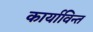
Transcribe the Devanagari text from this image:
कार्याविन्त